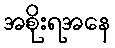
အစိုးရအနေ